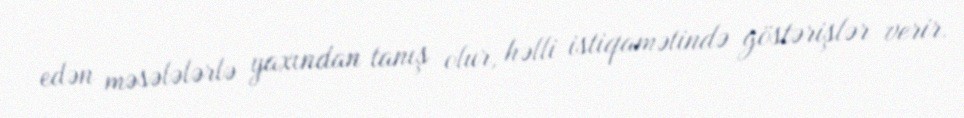
edən məsələlərlə yaxından tanış olur, həlli istiqamətində göstərişlər verir.